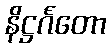
နိဋ္ဌင်္ဂတော